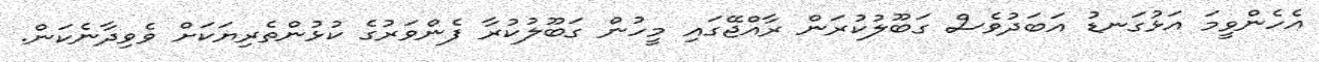
އެހެންވީމަ އަޅުގަނޑު އަބަދުވެސް ގަބޫލުކުރަން ރާއްޖޭގައި މީހުން ގަބޫލުކުރާ ފެންވަރުގެ ކުޅުންތެރިޔަކަށް ވެވިދާނެކަން.